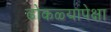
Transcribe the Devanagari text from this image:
ढोकळ्यापेक्षा